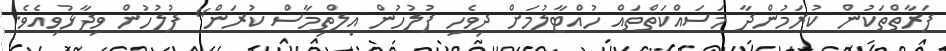
ފަރާތްތަކުން ކުރަމުންދާ މަސައްކަތްތައް ހުއްޓާލުމަށް ދިވެހި ފުލުހުން އިލްތިމާސް ކުރަން" ފުލުހުން ވިދާޅުވިއެވެ.